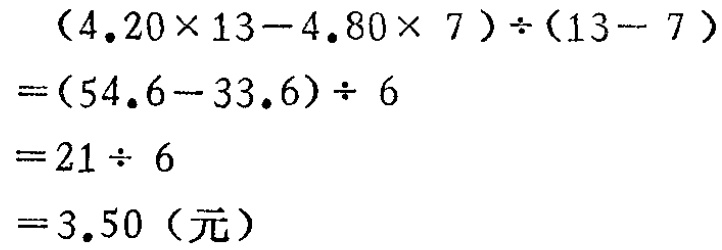
\[

\begin{align*}

&(4.20\times13 - 4.80\times7)\div(13 - 7)\\

=&(54.6 - 33.6)\div6\\

=&21\div6\\

=&3.50（元）

\end{align*}

\]